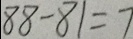
8 8 - 8 1 = 7